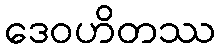
ဒေဝဟိတဿ